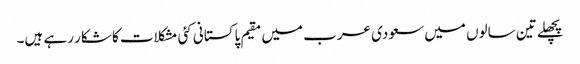
پچھلے تین سالوں میں سعودی عرب میں مقیم پاکستانی کئی مشکلات کا شکار رہے ہیں۔